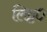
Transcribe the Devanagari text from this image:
लिट्ट०